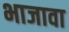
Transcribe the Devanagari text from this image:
भाजावा